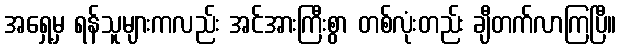
အရှေ့မှ ရန်သူများကလည်း အင်အားကြီးစွာ တစ်လုံးတည်း ချီတက်လာကြပြီ။